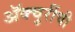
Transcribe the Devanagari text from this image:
ॲक्चुरींची